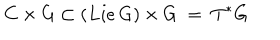
C \times G \subset ( L i e \, G ) \times G \ = \ T ^ { * } G